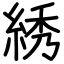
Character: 綉